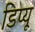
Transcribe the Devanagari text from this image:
डिप्यू